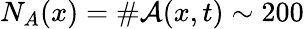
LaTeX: N_{A}(x)=\# \mathcal{A}(x,t)\sim 200